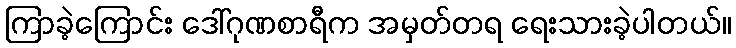
ကြာခဲ့ကြောင်း ဒေါ်ဂုဏစာရီက အမှတ်တရ ရေးသားခဲ့ပါတယ်။